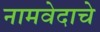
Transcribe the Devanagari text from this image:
नामवेदाचे